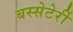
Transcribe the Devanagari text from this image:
बस्सेटेर्री